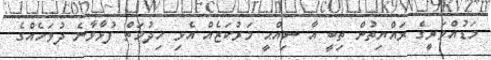
މަޑުއްވަރީގެ ރައްޔިތުން ތިބީ އާ ސިއްޙީ މަރުކަޒެއް އެޅި ޚިދުމަތް ފުޅާވާނެ ދުވަހެއްގެ